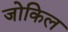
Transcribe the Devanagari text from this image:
जोकिल